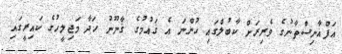
އަފްޣާނިސްތާނުގެ ވެރިރަށް ކާބުލްގައި ހުންނަ އެ ޤައުމުގެ ޤާނޫނު ހަދާ މަޖިލީހުގެ ކައިރީގައި